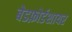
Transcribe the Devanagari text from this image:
बेडफ़ोर्डशायर